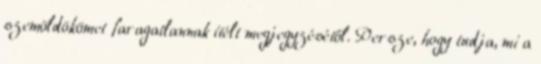
szemöldökömet faragatlannak ítélt megjegyzésétől. Persze, hogy tudja, mi a